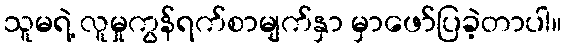
သူမရဲ့ လူမှုကွန်ရက်စာမျက်နှာ မှာဖော်ပြခဲ့တာပါ။